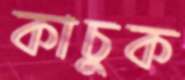
কাচুক